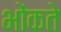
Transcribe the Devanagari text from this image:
भोंकते